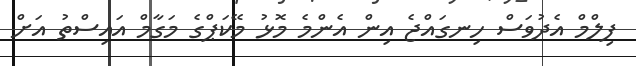
ފިލްމް އެދުވަސް ހިނގައްޖެ އިން އެންމެ މޮޅު މޭކަޕްގެ މަގާމް އައިސްތު އަށް